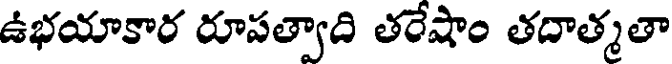
ఉభయాకార రూపత్వాది తరేషాం తదాత్మతా